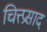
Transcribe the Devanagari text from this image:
चित्त्प्रसाद